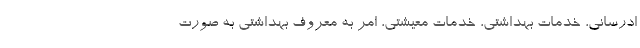
ادرسانی، خدمات بهداشتی، خدمات معیشتی، امر به معروف بهداشتی به صورت